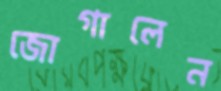
জোগালেন